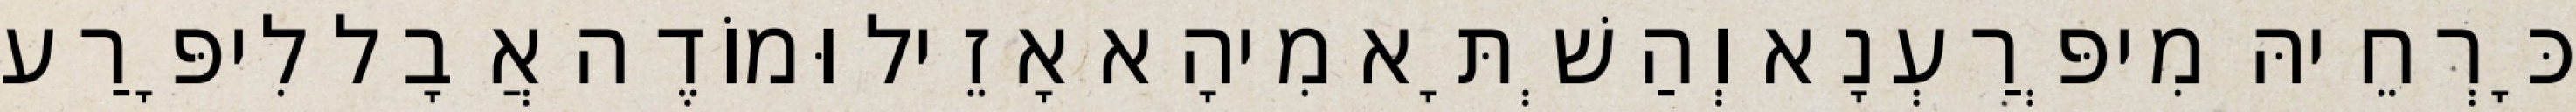
כָּרְחֵיהּ מִיפְּרַעְנָא וְהַשְׁתָּא מִיהָא אָזֵיל וּמוֹדֶה אֲבָל לִיפָּרַע